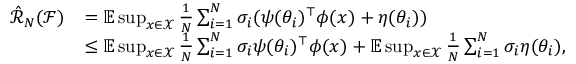
\begin{array} { r l } { \hat { \mathcal { R } } _ { N } ( \mathcal { F } ) } & { = \mathbb { E } \operatorname* { s u p } _ { x \in \mathcal { X } } \frac { 1 } { N } \sum _ { i = 1 } ^ { N } \sigma _ { i } ( \psi ( \theta _ { i } ) ^ { \top } \phi ( x ) + \eta ( \theta _ { i } ) ) } \\ & { \leq \mathbb { E } \operatorname* { s u p } _ { x \in \mathcal { X } } \frac { 1 } { N } \sum _ { i = 1 } ^ { N } \sigma _ { i } \psi ( \theta _ { i } ) ^ { \top } \phi ( x ) + \mathbb { E } \operatorname* { s u p } _ { x \in \mathcal { X } } \frac { 1 } { N } \sum _ { i = 1 } ^ { N } \sigma _ { i } \eta ( \theta _ { i } ) , } \end{array}